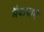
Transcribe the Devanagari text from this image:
मैबाबाने